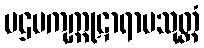
ပဌမကုက္ကုဋာရာမသုတ္တံ